Cholera in India, 1862 to 1881
Year: 1862
Disease focus: Cholera
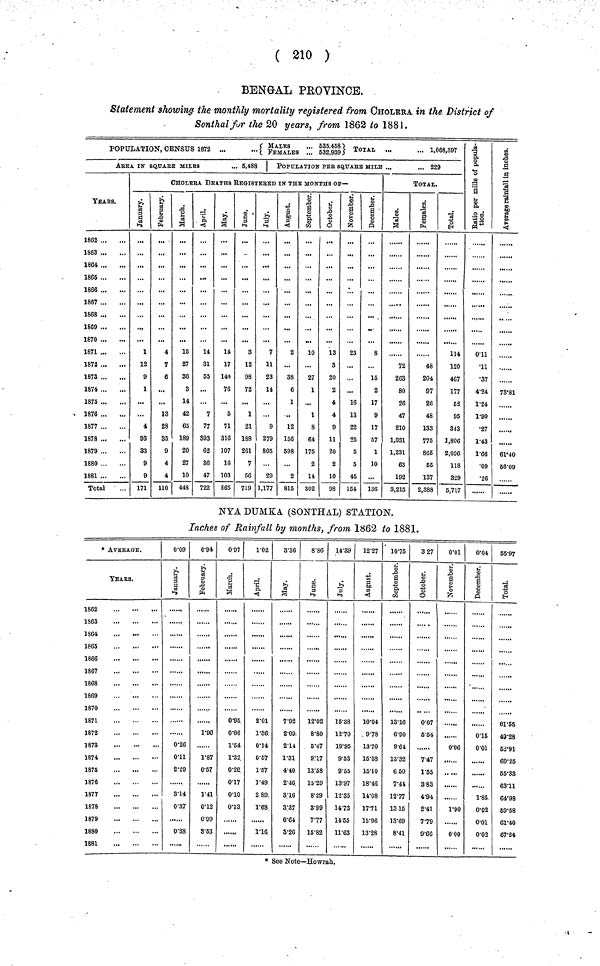
( 210 )
BENGAL PROVINCE.
Statement showing the monthly mortality registered from CHOLERA in the District of
Sonthal for the 20 years, from 1862 to 1881.
POPULATION, CENSUS 1872
{ MALES ... 535,458. FEMALES ... 532,939} TOTAL ... ... 1,068,397
ABBA IN SQUARE MILES
... 6,483
YEARS.
1862
1863
1864
1865
1866
1867
1868
1869
1870
1871
1872
1873
1874
1875
1876
1877
1878
1879
1880
1881
Total
1 POPULATION PER SQUARE MILE ...
... 229
CHOLERA DEATHS REGISTERED IN THE MONTHS OP—
January.
1
12
9
1
4
93
33
9
9
171
February.
4
7
6
...
13
28
35
9
4
4
110
15
27
36
8
14
42
65
189
20
27
10
448
April.
14
81
55
...
7
77
393
62
36
47
722
May.
14
17
140
76
5
71
316
107
16
103
865
June.
3
12
98
72
1
21
188
261
7
56
719
July.
7
11
23
14
9
279
805
...
29
1,177
August.
2
...
38
6
1
..
12
156
598
...
2
815
September.
10
...
27
1
...
1
8
64
175
2
14
302
October.
13
3
20
2
4
4
9
11
20
2
10
98
November.
23
...
...
...
16
13
22
25
5
5
45
154
December.
8
...
15
2
17
9
17
57
1
10
...
136
TOTAL
Males.
72
2C3
80
26
47
210
1,031
1,231
63
192
3,215
Females.
48
204
97
26
48
133
775
865
55
137
2,388
Total.
114
120
467
177
52
95
343
1,806
2,096
118
3.29
5,717
Ratio per mille of population.
0.11
.11
.7
424
124
190
.27
143
166
.09
.26
Average rainfall in inches.
......
78.81
61.40
66.09
NYADUMKA. (SONTHAL) STATION.
Inches of Rainfall by months, from 1862 to 1881.
* AVKEAGE.
YEArS.
1868
1869
1871
1872
1873
1874
1875
1876
1877
1878
1879
1880
1881
0.09
January.
0.26
0..11
2.29
3.14
0.37
0.38
0.94
February.
1.90
.
1.87
0.57
1.41
0.12
0.09
3.53
0.97
March.
0.95
0.06
1.54.
1.32
0.22
0.17
0.01
0.13
......
1.02
April.
2.01
1.36
0.14
0.67
1.57
1.49
2.89
1.63
1.16
3.36
May.
7.92
2.09
2.14
1.31
4.40
2.46
3.16
3.37
0.64
3.26
8.86
June.
12.02
8.80
5.47
9.17
13.58
15.29
8.29
8.99
7.77
15.82
14.39
July.
15.38
12.70
19.95
9.53
9.55
13.97
12.35
14.73
14.55
11.63
12.27
August.
10.04
9.78
13.70
16.68
15.10
18.46
14.08
17.71
15.96
13.28
10.75
September.
13.16
6.90
9.61
13.32
6.50
7.44
12.77
13.15
13.69
8.41
327
October.
0.07
5.54
.
7.47
1.55
3.83
4.94
2.41
7.79
9.66
0.01
November.
0.06
1.90
0.09
0.04
December.
0.15
0.01
1.85
0.02
0.01
0.02
55.97
Total.
61.55
49.28
52.91
60.25
65.33
63.11
64.98
69.53
61.40
67.24
* See Note—Howrah.